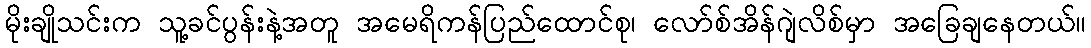
မိုးချိုသင်းက သူ့ခင်ပွန်းနဲ့အတူ အမေရိကန်ပြည်ထောင်စု၊ လော်စ်အိန်ဂျဲလိစ်မှာ အခြေချနေတယ်။